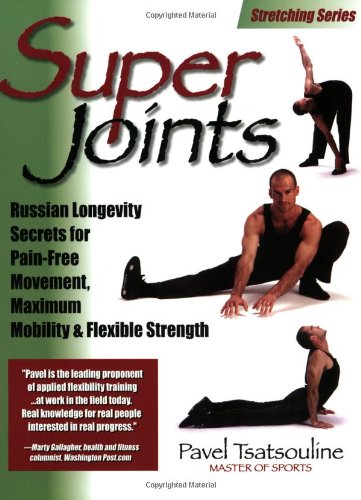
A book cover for Super Joints: Russian Longevity Secrets for Pain-Free Movement, Maximum Mobility & Flexible Strength; Pavel Tsatsouline; Health, Fitness & Dieting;